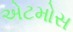
એટમોસ